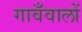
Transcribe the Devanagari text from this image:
गावँवालों